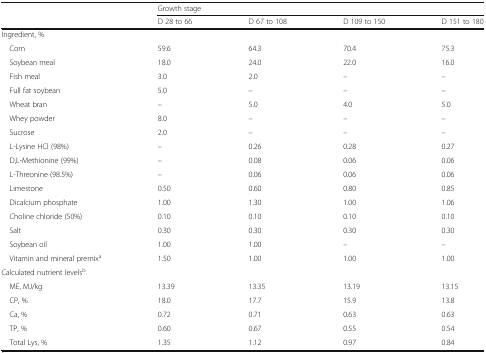
| <ROWSPAN=2>  | <COLSPAN=4> Growth stage |
 | D 28 to 66 | D 67 to 108 | D 109 to 150 | D 151 to 180 |
 | --- | --- | --- | --- | --- |
 | <COLSPAN=5> Ingredient, % |
 | Corn | 59.6 | 64.3 | 70.4 | 75.3 |
 | Soybean meal | 18.0 | 24.0 | 22.0 | 16.0 |
 | Fish meal | 3.0 | 2.0 | – | – |
 | Full fat soybean | 5.0 | – | – | – |
 | Wheat bran | – | 5.0 | 4.0 | 5.0 |
 | Whey powder | 8.0 | – | – | – |
 | Sucrose | 2.0 | – | – | – |
 | L-Lysine HCl (98%) | – | 0.26 | 0.28 | 0.27 |
 | D,L-Methionine (99%) | – | 0.08 | 0.06 | 0.06 |
 | L-Threonine (98.5%) | – | 0.06 | 0.06 | 0.06 |
 | Limestone | 0.50 | 0.60 | 0.80 | 0.85 |
 | Dicalcium phosphate | 1.00 | 1.30 | 1.00 | 1.06 |
 | Choline chloride (50%) | 0.10 | 0.10 | 0.10 | 0.10 |
 | Salt | 0.30 | 0.30 | 0.30 | 0.30 |
 | Soybean oil | 1.00 | 1.00 | – | – |
 | Vitamin and mineral premixa | 1.50 | 1.00 | 1.00 | 1.00 |
 | <COLSPAN=5> Calculated nutrient levelsb |
 | ME, MJ/kg | 13.39 | 13.35 | 13.19 | 13.15 |
 | CP, % | 18.0 | 17.7 | 15.9 | 13.8 |
 | Ca, % | 0.72 | 0.71 | 0.63 | 0.63 |
 | TP, % | 0.60 | 0.67 | 0.55 | 0.54 |
 | Total Lys, % | 1.35 | 1.12 | 0.97 | 0.84 |